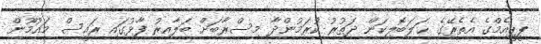
ޕީޕީއެމްގެ އެތެރޭގެ ޙަލަބޮލިކަން ދަތުރު ކުރަމުންދާ މިސްރާބަށް ބަލާއިރު ފާޅުގައި ރައީސް މައުމޫން